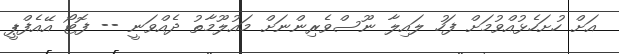
އަށް ހުށަހެޅުއްވުމަށް ފަހު ލައިލާ ނޫސްވެރިންނަށް މައުލޫމާތު ދެއްވަނީ -- ފޮޓޯ އޭއެފްޕީ